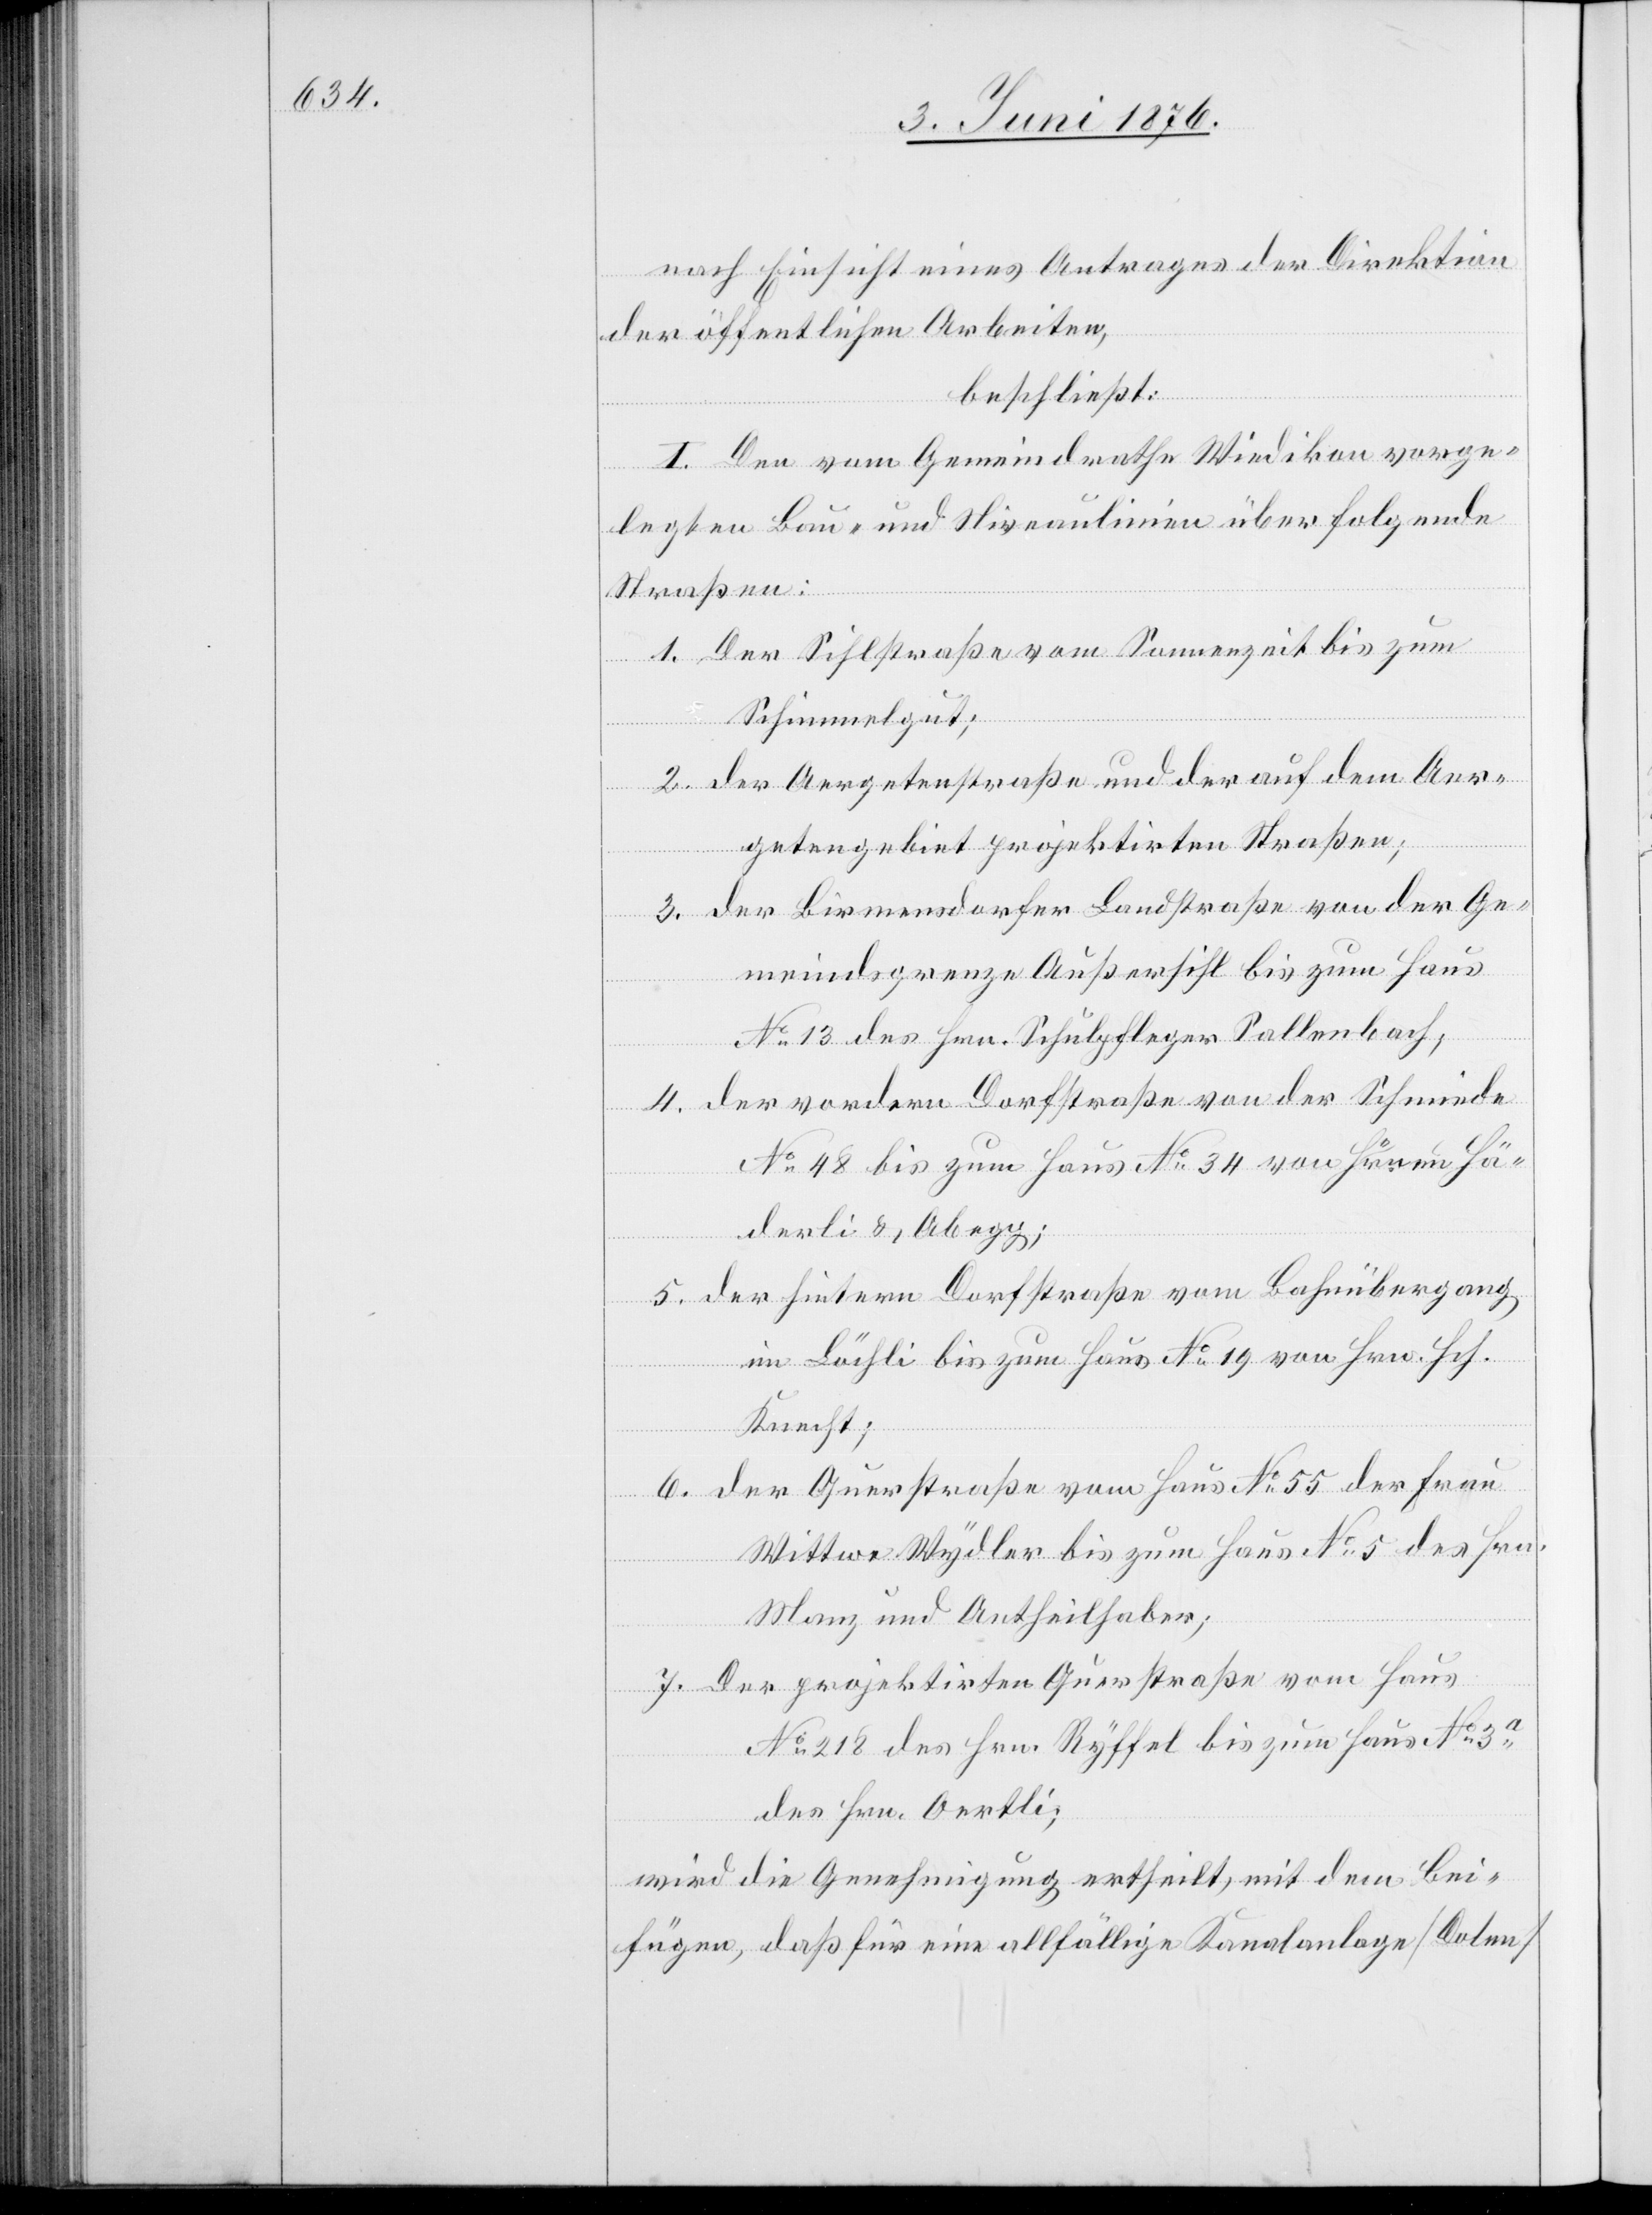
nach Einsicht eines Antrages der Direktion
der öffentlichen Arbeiten,
beschließt:
I. Den vom Gemeindrathe Wiedikon vorge¬
legten Bau- und Niveaulinien über folgende
Straßen:
1. Der Sihlstraße vom Sonnenzeit bis zum
Schimmelgut;
2. der Aergetenstraße und der auf dem Aer¬
getengebiet projektirten Straßen;
3. der Birmensdorfer Landstraße von der Ge¬
meindsgrenze Außersihl bis zum Haus
No 13 des Hrn. Schulpfleger Sallenbach;
4. der vordern Dorfstraße von der Schmiede
No 48 bis zum Haus No 34 von Hrnen. Hä¬
derli & Abegg;
5. der hintern Dorfstraße vom Bahnübergang
im Bächli bis zum Haus No 19 von Hrn. Hch.
Knecht;
6. der Querstraße vom Haus No 55 der Frau
Wittwe Wydler bis zum Haus No 5 des Hrn.
Manz und Antheilhaber;
7. Der projektirten Querstraße vom Haus
No 218 des Hrn. Ryffel bis zum Haus No 3a
des Hrn. Oertli;
wird die Genehmigung ertheilt, mit dem Bei¬
fügen, daß für eine allfällige Kanalanlage [Dolen]